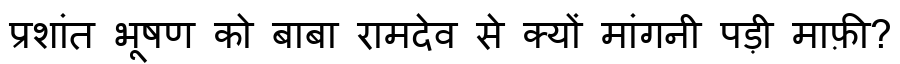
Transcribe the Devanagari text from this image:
प्रशांत भूषण को बाबा रामदेव से क्यों मांगनी पड़ी माफ़ी?